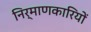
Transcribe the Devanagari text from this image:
निर्माणकारियों